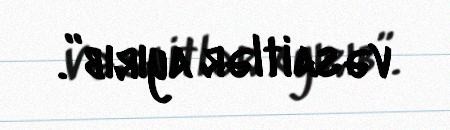
vəsaitlər ayırıb”.